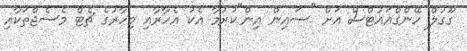
ގޫގުލް ހޭންގްއައުޓްސް އަށް "ސައިން އިން"ކުރުމާ އެކު އެހާރާއި މިހާރުގެ ޗެޓް މެސެޖްތަކާއި